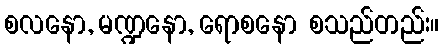
စလနော, မဏ္ဍနော, ရောစနော စသည်တည်း။